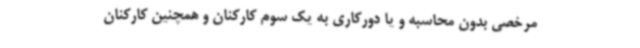
مرخصی بدون محاسبه و یا دورکاری به یک سوم کارکنان و همچنین کارکنان